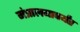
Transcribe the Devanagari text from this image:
मंत्रालयापर्यंत